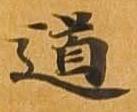
道